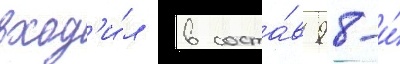
вход'и́л в соста́в 98-и́